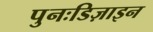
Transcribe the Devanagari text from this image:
पुनःडिज़ाइन